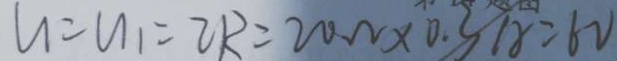
u = u _ { 1 } = 2 R = 2 0 \Omega \times 0 . 3 A = 6 V